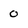
Character: 0